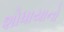
શોધાયાનો